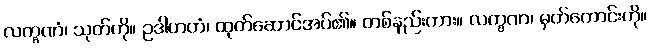
လက္ခဏံ၊ သုတ်ကို။ ဥဒါဟတံ၊ ထုတ်ဆောင်အပ်၏။ တစ်နည်းကား။ လက္ခဏ၊ မှတ်ကောင်းကို။